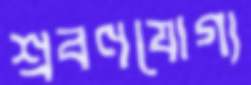
শ্রবণযোগ্য